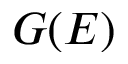
G ( E )